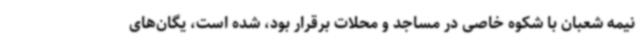
نیمه شعبان با شکوه خاصی در مساجد و محلات برقرار بود، شده است، یگان‌های